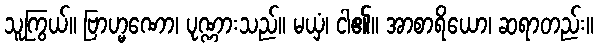
သူကြွယ်။ ဗြာဟ္မဏော၊ ပုဏ္ဏားသည်။ မယှံ၊ ငါ၏။ အာစာရိယော၊ ဆရာတည်း။